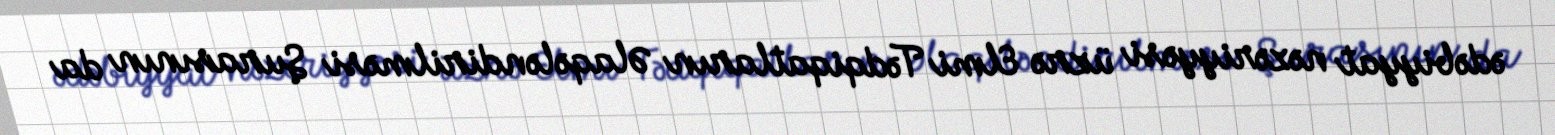
ədəbiyyat nəzəriyyəsi üzrə Elmi Tədqiqatların Əlaqələndirilməsi Şurasının da